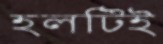
হলটিই